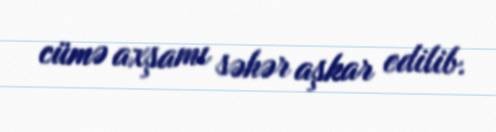
cümə axşamı səhər aşkar edilib.